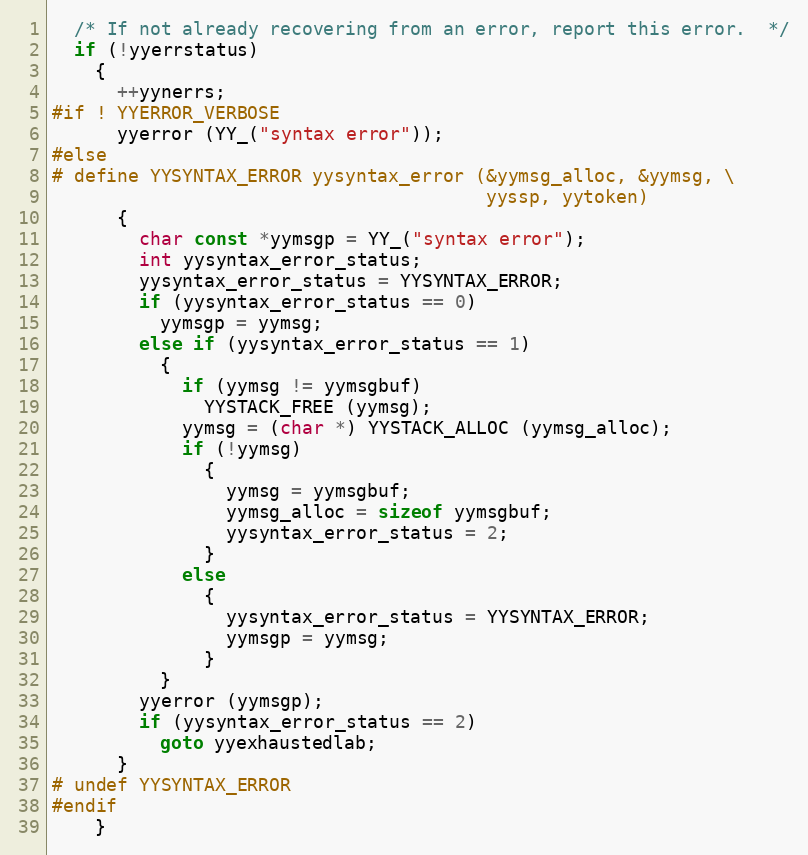
Language: C
  /* If not already recovering from an error, report this error.  */
  if (!yyerrstatus)
    {
      ++yynerrs;
#if ! YYERROR_VERBOSE
      yyerror (YY_("syntax error"));
#else
# define YYSYNTAX_ERROR yysyntax_error (&yymsg_alloc, &yymsg, \
                                        yyssp, yytoken)
      {
        char const *yymsgp = YY_("syntax error");
        int yysyntax_error_status;
        yysyntax_error_status = YYSYNTAX_ERROR;
        if (yysyntax_error_status == 0)
          yymsgp = yymsg;
        else if (yysyntax_error_status == 1)
          {
            if (yymsg != yymsgbuf)
              YYSTACK_FREE (yymsg);
            yymsg = (char *) YYSTACK_ALLOC (yymsg_alloc);
            if (!yymsg)
              {
                yymsg = yymsgbuf;
                yymsg_alloc = sizeof yymsgbuf;
                yysyntax_error_status = 2;
              }
            else
              {
                yysyntax_error_status = YYSYNTAX_ERROR;
                yymsgp = yymsg;
              }
          }
        yyerror (yymsgp);
        if (yysyntax_error_status == 2)
          goto yyexhaustedlab;
      }
# undef YYSYNTAX_ERROR
#endif
    }